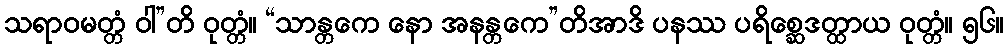
သရာဝမတ္တံ ဝါ”တိ ဝုတ္တံ။ “သာန္တကေ နော အနန္တကေ”တိအာဒိ ပနဿ ပရိစ္ဆေဒတ္ထာယ ဝုတ္တံ။ ၅၆။